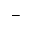
-